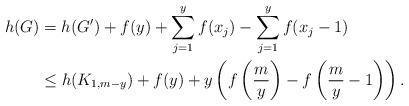
LaTeX: \begin{align*} h(G)&=h(G')+f(y)+\sum_{j=1}^y f(x_j) -\sum_{j=1}^y f(x_j-1) \\ &\le h(K_{1,m-y}) +f(y) + y\left( f\left( \frac{m}{y} \right) - f\left( \frac{m}{y}-1 \right) \right). \end{align*}